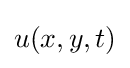
u(x,y,t)